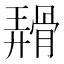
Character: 𬴑